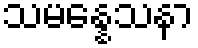
သမန္နေသနာ